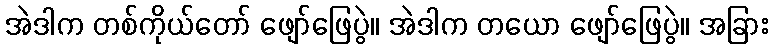
အဲဒါက တစ်ကိုယ်တော် ဖျော်ဖြေပွဲ။ အဲဒါက တယော ဖျော်ဖြေပွဲ။ အခြား